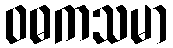
ဝဓကသမာ